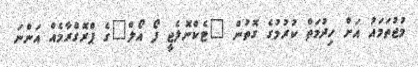
މުޖުތަމައު އަށް ހިދުމަތް ކުރުމުގެ ގޮތުން "ޓެކްނޮލެޖީ ފޯ އޯލް"ގެ ޕްރޮގްރާމެއް އަންނަ